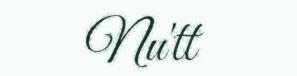
Nu'tt